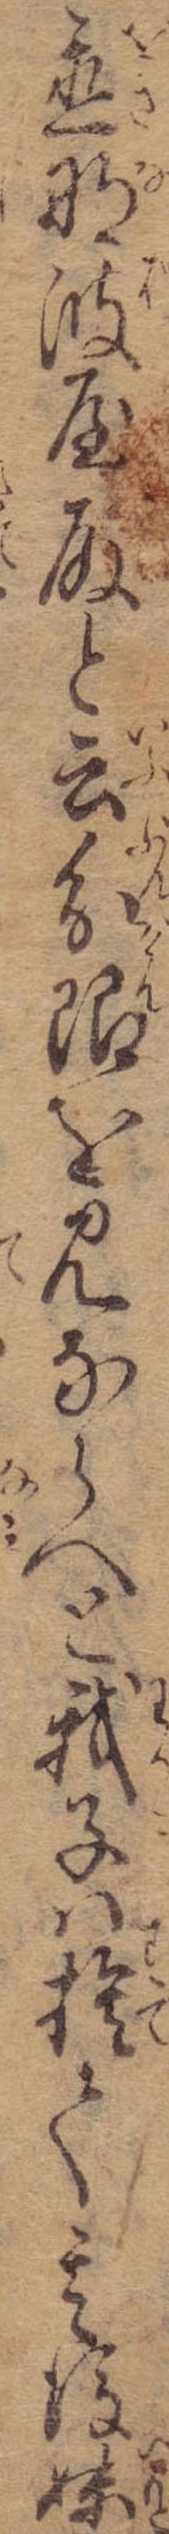
置那波屋殿と云分限を見ならへと我子は捨て其後妹